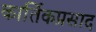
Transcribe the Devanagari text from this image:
कार्तिकप्रसाद